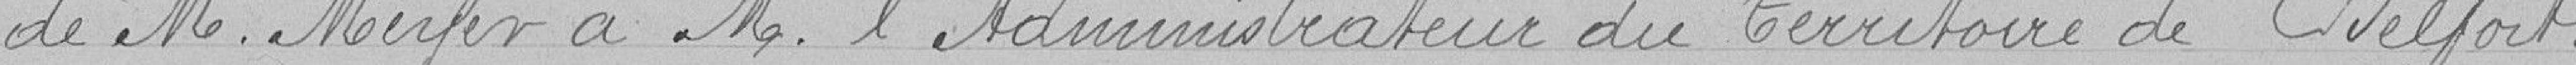
de M. Meyer a M. l'Administrateur du territoire de Belfort